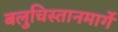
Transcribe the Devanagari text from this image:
बलुचिस्तानमार्गे